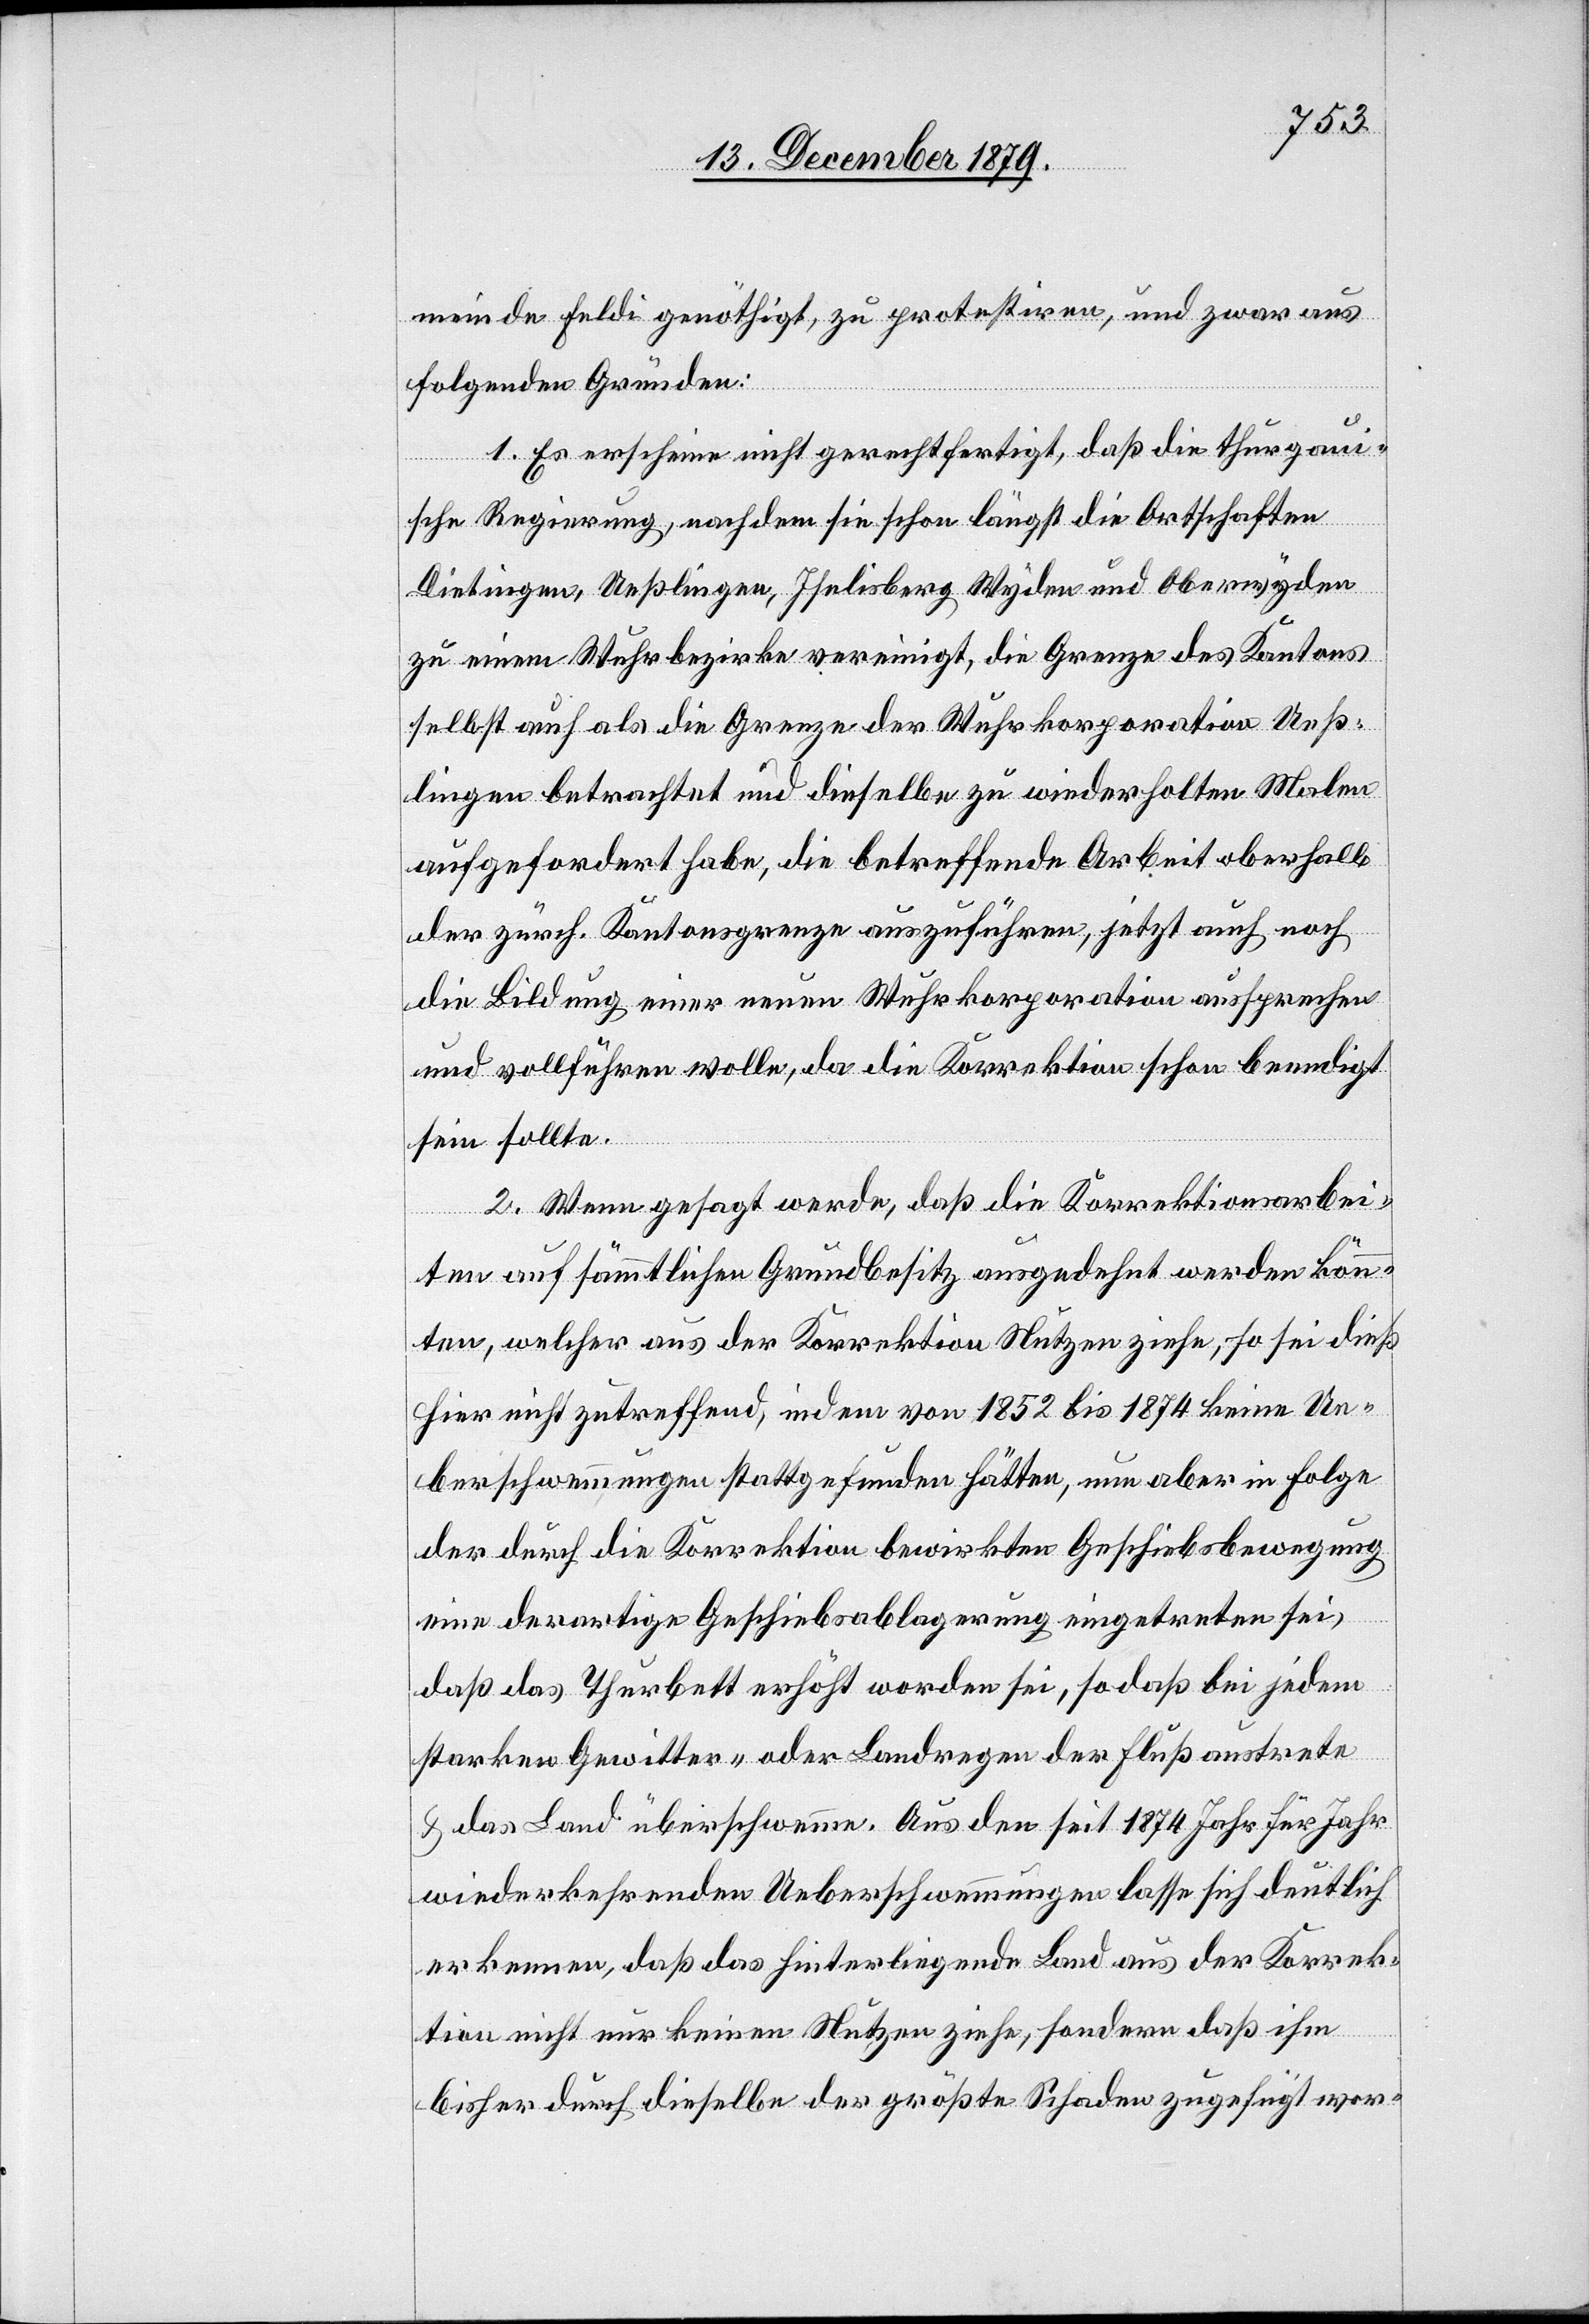
meinde Feldi genöthigt, zu protestiren, und zwar aus
folgenden Gründen:
1. Es erscheine nicht gerechtfertigt, daß die thurgaui¬
sche Regierung, nachdem sie schon längst die Ortschaften
Dietingen, Ueßlingen, Iselisberg[,] Wyden und Oberwyden
zu einem Wuhrbezirke vereinigt, die Grenze des Kantons
selbst auch als die Grenze der Wuhrkorporation Ueß¬
lingen betrachtet und dieselbe zu wiederholten Malen
aufgefordert habe, die betreffende Arbeit oberhalb
der zürch. Kantonsgrenze auszuführen, jetzt auch noch
die Bildung einer neuen Wuhrkorporation aussprechen
und vollführen wolle, da die Korrektion schon beendigt
sein sollte.
2. Wenn gesagt werde, daß die Korrektionsarbei¬
ten auf sämmtlichen Grundbesitz ausgedehnt werden könn¬
ten, welcher aus der Korrektion Nutzen ziehe, so sei dieß
hier nicht zutreffend, indem von 1852 bis 1874 keine Ue¬
berschwemmungen stattgefunden hätten, nun aber in Folge
der durch die Korrektion bewirkten Geschiebsbewegung
eine derartige Geschiebsablagerung eingetreten sei,
daß das Thurbett erhöht worden sei, so daß bei jedem
starken Gewitter- oder Landregen der Fluß austrete
& das Land überschwemme. Aus den seit 1874 Jahr für Jahr
wiederkehrenden Ueberschwemmungen lasse sich deutlich
erkennen, daß das hinterliegende Land aus der Korrek¬
tion nicht nur keinen Nutzen ziehe, sonder daß ihm
bisher durch dieselbe der größte Schaden zugefügt wor-